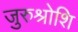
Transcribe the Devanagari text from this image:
जुरुश्रोशि